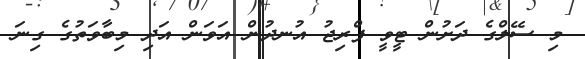
މި ސޭލްގެ ދަށުން ޓީވީ ފްރިޖު އުނދުން އަވަން އަދި މިބާވަތުގެ ގިނަ